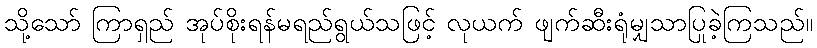
သို့သော် ကြာရှည် အုပ်စိုးရန်မရည်ရွယ်သဖြင့် လုယက် ဖျက်ဆီးရုံမျှသာပြုခဲ့ကြသည်။